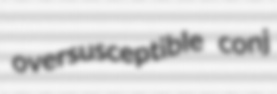
oversusceptible conj